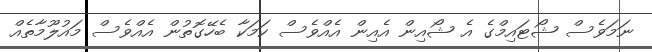
ނަމަވެސް ޝޯޓައިމްގެ އެ ޝޯއިން އެއިން އެއްވެސް ކަމަކާ ބެހޭގޮތުން އެއްވެސް މައުލޫމާތެއް